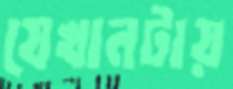
যেখানটায়